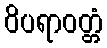
ဝိပရာဝတ္တံ